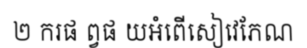
២ ករផ ព្វផ យអំពើសៀវេភែណ